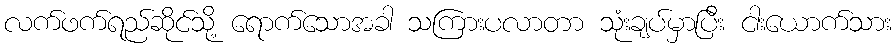
လက်ဖက်ရည်ဆိုင်သို့ ရောက်သောအခါ သကြားပလာတာ သုံးချပ်မှာပြီး ငါးယောက်သား